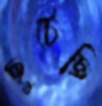
ছুটেছি